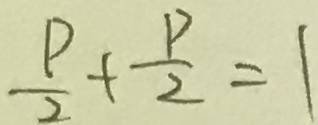
\frac { P } { 2 } + \frac { P } { 2 } = 1